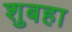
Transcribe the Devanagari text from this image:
शुबहा